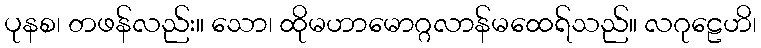
ပုနစ၊ တဖန်လည်း။ သော၊ ထိုမဟာမောဂ္ဂလာန်မထေရ်သည်။ လဂုဠေဟိ၊